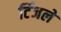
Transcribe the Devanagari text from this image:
टिंजले